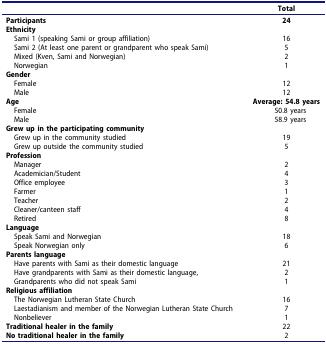
<table><thead><tr><td><b> </b></td><td><b>Total</b></td></tr></thead><tbody><tr><td><b>Participants</b></td><td><b>24</b></td></tr><tr><td><b>Ethnicity</b></td><td> </td></tr><tr><td> Sami 1 (speaking Sami or group affiliation)</td><td>16</td></tr><tr><td> Sami 2 (At least one parent or grandparent who speak Sami)</td><td>5</td></tr><tr><td> Mixed (Kven, Sami and Norwegian)</td><td>2</td></tr><tr><td> Norwegian</td><td>1</td></tr><tr><td><b>Gender</b></td><td> </td></tr><tr><td> Female</td><td>12</td></tr><tr><td> Male</td><td>12</td></tr><tr><td><b>Age</b>FemaleMale</td><td><b>Average: 54.8 years</b>50.8 years58.9 years</td></tr><tr><td><b>Grew up in the participating community</b></td><td> </td></tr><tr><td> Grew up in the community studied</td><td>19</td></tr><tr><td> Grew up outside the community studied</td><td>5</td></tr><tr><td><b>Profession</b></td><td> </td></tr><tr><td> Manager</td><td>2</td></tr><tr><td> Academician/Student</td><td>4</td></tr><tr><td> Office employee</td><td>3</td></tr><tr><td> Farmer</td><td>1</td></tr><tr><td> Teacher</td><td>2</td></tr><tr><td> Cleaner/canteen staff</td><td>4</td></tr><tr><td> Retired</td><td>8</td></tr><tr><td><b>Language</b></td><td> </td></tr><tr><td> Speak Sami and Norwegian</td><td>18</td></tr><tr><td> Speak Norwegian only</td><td>6</td></tr><tr><td><b>Parents language</b></td><td> </td></tr><tr><td> Have parents with Sami as their domestic language</td><td>21</td></tr><tr><td> Have grandparents with Sami as their domestic language,</td><td>2</td></tr><tr><td> Grandparents who did not speak Sami</td><td>1</td></tr><tr><td><b>Religious affiliation</b></td><td> </td></tr><tr><td> The Norwegian Lutheran State Church</td><td>16</td></tr><tr><td> Laestadianism and member of the Norwegian Lutheran State Church</td><td>7</td></tr><tr><td> Nonbeliever</td><td>1</td></tr><tr><td><b>Traditional healer in the family</b></td><td>22</td></tr><tr><td><b>No traditional healer in the family</b></td><td>2</td></tr></tbody></table>